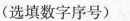
(选填数字序号)